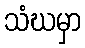
သံဃမှာ